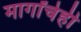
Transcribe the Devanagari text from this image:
मार्गांचेही